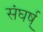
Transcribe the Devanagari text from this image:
संघर्ष्